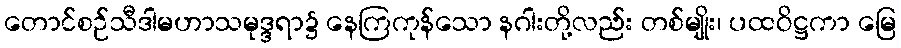
တောင်စဉ်သီဒါမဟာသမုဒ္ဒရာ၌ နေကြကုန်သော နဂါးတို့လည်း တစ်မျိုး၊ ပထဝိဋ္ဌကာ မြေ